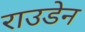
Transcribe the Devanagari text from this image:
राउडेन